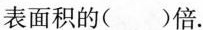
表面积的（）倍。